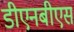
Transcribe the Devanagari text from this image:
डीएनबीएस